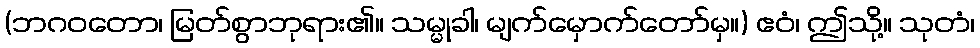
(ဘဂဝတော၊ မြတ်စွာဘုရား၏။ သမ္မုခါ၊ မျက်မှောက်တော်မှ။) ဧဝံ၊ ဤသို့။ သုတံ၊